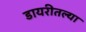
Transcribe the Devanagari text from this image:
डायरीतल्या